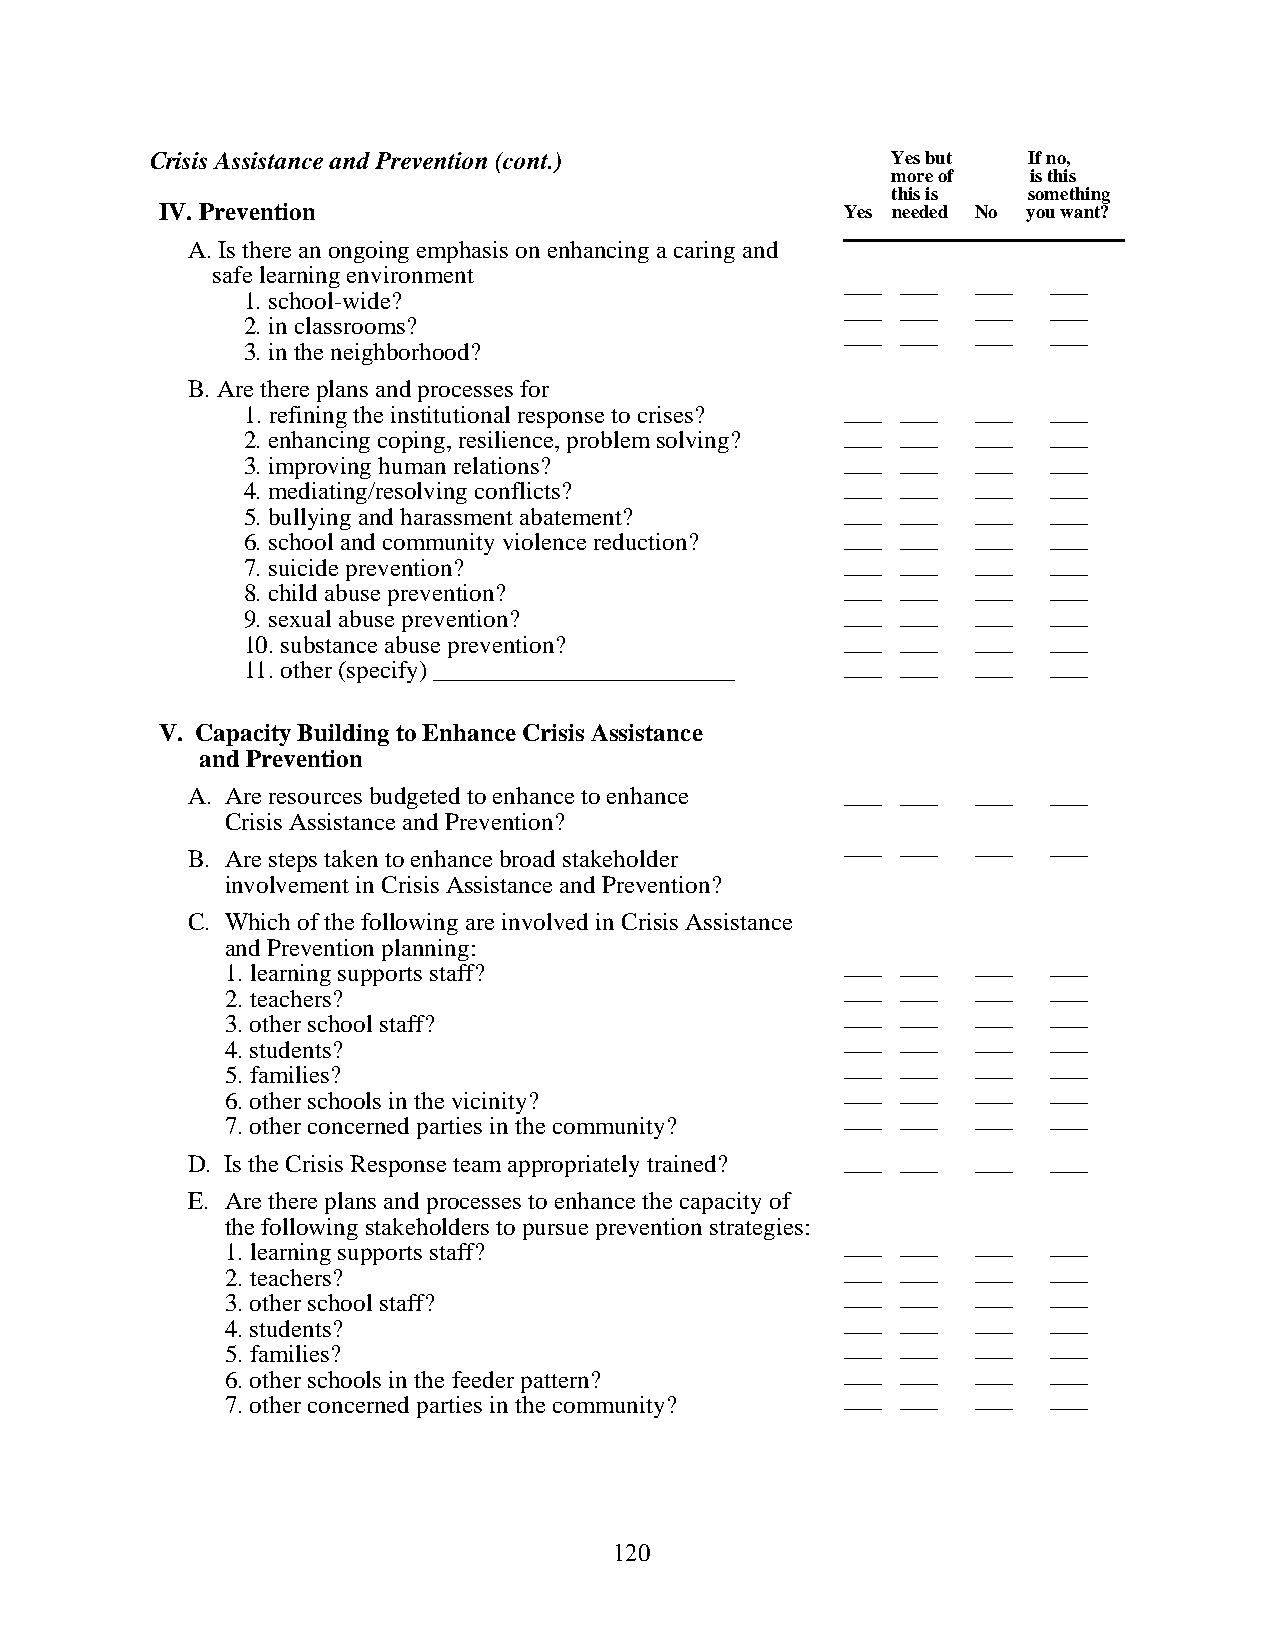
Crisis Assistance and Prevention (cont.)         Yes but  If no,
 more of  is this
 this is  something
 IV. Prevention                               Yes needed No you want?
 A. Is there an ongoing emphasis on enhancing a caring and
 safe learning environment
 ___ ___  ___  ___
 1. school-wide?
 ___ ___  ___  ___
 2. in classrooms?
 ___ ___  ___  ___
 3. in the neighborhood?
 B. Are there plans and processes for
 1. refining the institutional response to crises? ___ ___ ___ ___
 2. enhancing coping, resilience, problem solving? ___ ___ ___ ___
 3. improving human relations?           ___ ___  ___  ___
 4. mediating/resolving conflicts?       ___ ___  ___  ___
 5. bullying and harassment abatement?   ___ ___  ___  ___
 6. school and community violence reduction? ___ ___ ___ ___
 7. suicide prevention?                  ___ ___  ___  ___
 8. child abuse prevention?              ___ ___  ___  ___
 9. sexual abuse prevention?             ___ ___  ___  ___
 10. substance abuse prevention?         ___ ___  ___  ___
 11. other (specify) ________________________ ___ ___ ___ ___
 V. Capacity Building to Enhance Crisis Assistance
 and Prevention
 A. Are resources budgeted to enhance to enhance ___ ___ ___ ___
 Crisis Assistance and Prevention?
 ___ ___  ___  ___
 B. Are steps taken to enhance broad stakeholder
 involvement in Crisis Assistance and Prevention?
 C. Which of the following are involved in Crisis Assistance
 and Prevention planning:
 ___ ___  ___  ___
 1. learning supports staff?
 ___ ___  ___  ___
 2. teachers?
 ___ ___  ___  ___
 3. other school staff?
 ___ ___  ___  ___
 4. students?
 ___ ___  ___  ___
 5. families?
 ___ ___  ___  ___
 6. other schools in the vicinity?
 ___ ___  ___  ___
 7. other concerned parties in the community?
 D. Is the Crisis Response team appropriately trained? ___ ___ ___ ___
 E. Are there plans and processes to enhance the capacity of
 the following stakeholders to pursue prevention strategies:
 1. learning supports staff?              ___ ___  ___  ___
 2. teachers?                             ___ ___  ___  ___
 3. other school staff?                   ___ ___  ___  ___
 4. students?                             ___ ___  ___  ___
 5. families?                             ___ ___  ___  ___
 6. other schools in the feeder pattern?  ___ ___  ___  ___
 7. other concerned parties in the community? ___ ___ ___ ___
 120